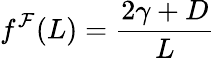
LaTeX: f^{\mathcal{F}}(L)=\frac{2\gamma+D}{L}